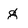
Character: g